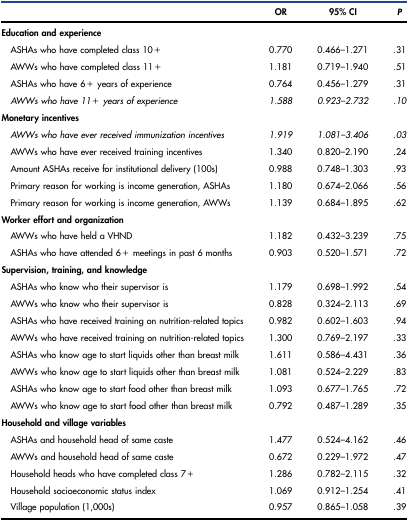
<table><thead><tr><td></td><td><b>OR</b></td><td><b>95% CI</b></td><td><b><i>P</i></b></td></tr></thead><tbody><tr><td><b>Education and experience</b></td><td></td><td></td><td></td></tr><tr><td>ASHAs who have completed class 10+</td><td>0.770</td><td>0.466–1.271</td><td>.31</td></tr><tr><td>AWWs who have completed class 11+</td><td>1.181</td><td>0.719–1.940</td><td>.51</td></tr><tr><td>ASHAs who have 6+ years of experience</td><td>0.764</td><td>0.456–1.279</td><td>.31</td></tr><tr><td><i>AWWs who have 11+ years of experience</i></td><td><i>1.588</i></td><td><i>0.923–2.732</i></td><td>.<i>10</i></td></tr><tr><td><b>Monetary incentives</b></td><td></td><td></td><td></td></tr><tr><td><i>AWWs who have ever received immunization incentives</i></td><td><i>1.919</i></td><td><i>1.081–3.406</i></td><td>.<i>03</i></td></tr><tr><td>AWWs who have ever received training incentives</td><td>1.340</td><td>0.820–2.190</td><td>.24</td></tr><tr><td>Amount ASHAs receive for institutional delivery (100s)</td><td>0.988</td><td>0.748–1.303</td><td>.93</td></tr><tr><td>Primary reason for working is income generation, ASHAs</td><td>1.180</td><td>0.674–2.066</td><td>.56</td></tr><tr><td>Primary reason for working is income generation, AWWs</td><td>1.139</td><td>0.684–1.895</td><td>.62</td></tr><tr><td><b>Worker effort and organization</b></td><td></td><td></td><td></td></tr><tr><td>AWWs who have held a VHND</td><td>1.182</td><td>0.432–3.239</td><td>.75</td></tr><tr><td>ASHAs who have attended 6+ meetings in past 6 months</td><td>0.903</td><td>0.520–1.571</td><td>.72</td></tr><tr><td><b>Supervision, training, and knowledge</b></td><td></td><td></td><td></td></tr><tr><td>ASHAs who know who their supervisor is</td><td>1.179</td><td>0.698–1.992</td><td>.54</td></tr><tr><td>AWWs who know who their supervisor is</td><td>0.828</td><td>0.324–2.113</td><td>.69</td></tr><tr><td>ASHAs who have received training on nutrition-related topics</td><td>0.982</td><td>0.602–1.603</td><td>.94</td></tr><tr><td>AWWs who have received training on nutrition-related topics</td><td>1.300</td><td>0.769–2.197</td><td>.33</td></tr><tr><td>ASHAs who know age to start liquids other than breast milk</td><td>1.611</td><td>0.586–4.431</td><td>.36</td></tr><tr><td>AWWs who know age to start liquids other than breast milk</td><td>1.081</td><td>0.524–2.229</td><td>.83</td></tr><tr><td>ASHAs who know age to start food other than breast milk</td><td>1.093</td><td>0.677–1.765</td><td>.72</td></tr><tr><td>AWWs who know age to start food other than breast milk</td><td>0.792</td><td>0.487–1.289</td><td>.35</td></tr><tr><td><b>Household and village variables</b></td><td></td><td></td><td></td></tr><tr><td>ASHAs and household head of same caste</td><td>1.477</td><td>0.524–4.162</td><td>.46</td></tr><tr><td>AWWs and household head of same caste</td><td>0.672</td><td>0.229–1.972</td><td>.47</td></tr><tr><td>Household heads who have completed class 7+</td><td>1.286</td><td>0.782–2.115</td><td>.32</td></tr><tr><td>Household socioeconomic status index</td><td>1.069</td><td>0.912–1.254</td><td>.41</td></tr><tr><td>Village population (1,000s)</td><td>0.957</td><td>0.865–1.058</td><td>.39</td></tr></tbody></table>